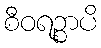
စီဝရဉ္စာပိ